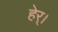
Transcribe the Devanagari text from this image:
हेर्।